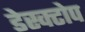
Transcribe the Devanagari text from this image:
डेस्क्टोप